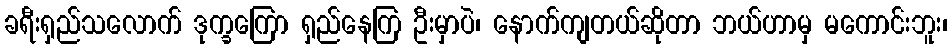
ခရီးရှည်သလောက် ဒုက္ခကြော ရှည်နေကြ ဦးမှာပဲ၊ နောက်ကျတယ်ဆိုတာ ဘယ်ဟာမှ မကောင်းဘူး၊